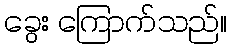
ခွေး ကြောက်သည်။